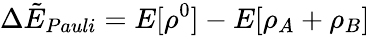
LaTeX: \Delta\tilde{E}_{Pauli}=E[\rho^{0}]-E[\rho_{A}+\rho_{B}]